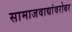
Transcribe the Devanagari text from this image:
सामाजवाद्यांवरोबर